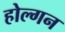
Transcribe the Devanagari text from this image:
होल्गन